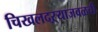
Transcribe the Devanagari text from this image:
चिखलदऱ्याजवळची